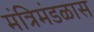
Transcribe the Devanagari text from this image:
मंत्रिमंडळास